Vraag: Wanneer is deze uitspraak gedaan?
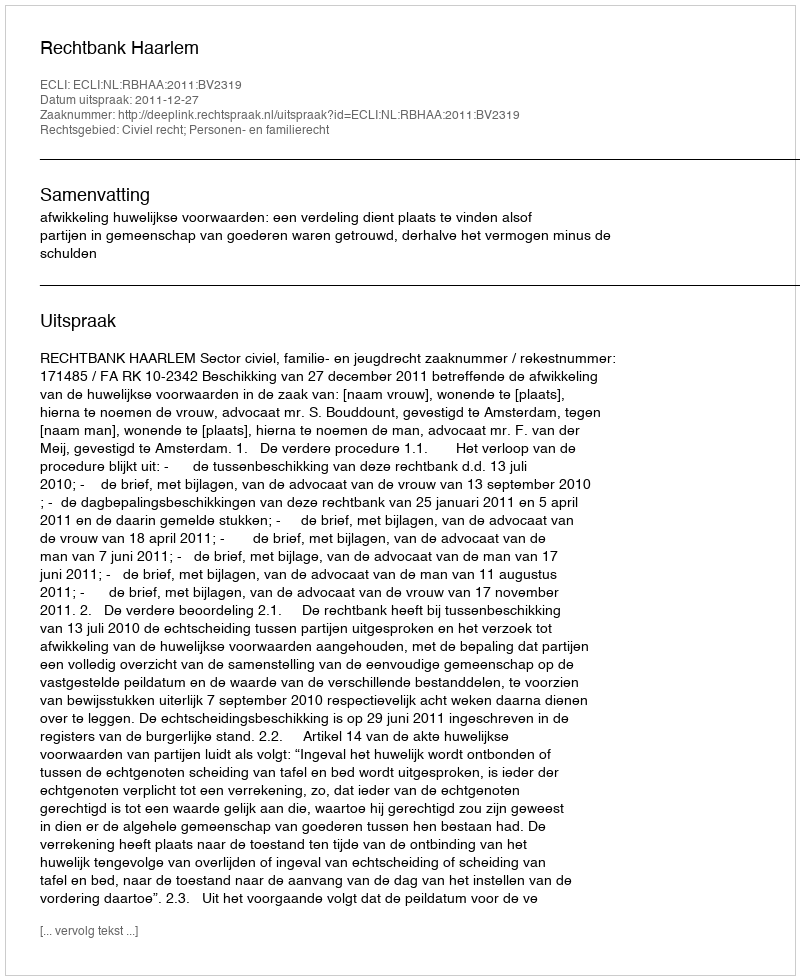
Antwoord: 2011-12-27